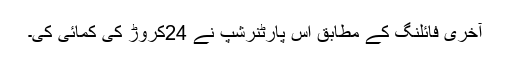
آخری فائلنگ کے مطابق اس پارٹنرشپ نے 24کروڑ کی کمائی کی۔